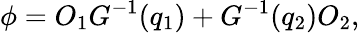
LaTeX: \phi=O_{1}G^{-1}(q_{1})+G^{-1}(q_{2})O_{2},